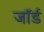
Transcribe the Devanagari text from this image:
जॉर्ड